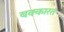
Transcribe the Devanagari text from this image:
बक्कारत